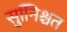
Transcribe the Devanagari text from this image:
सुनििश्चत